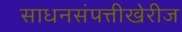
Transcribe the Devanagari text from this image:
साधनसंपत्तीखेरीज